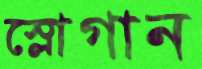
স্লোগান